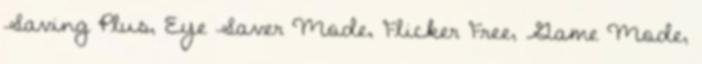
Saving Plus, Eye Saver Mode, Flicker Free, Game Mode,